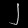
Digit: ၂